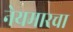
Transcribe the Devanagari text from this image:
नेयमारचा